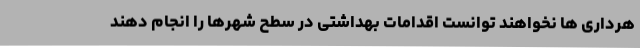
هرداری ها نخواهند توانست اقدامات بهداشتی در سطح شهرها را انجام دهند